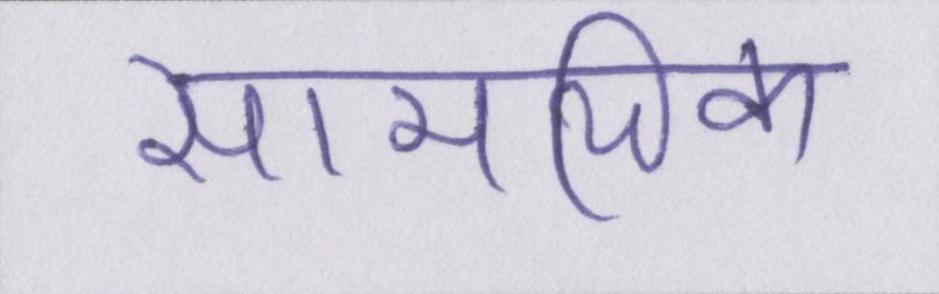
सामयिक